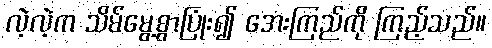
လဲ့လဲ့က သိမ်မွေ့စွာပြုံး၍ အေးကြည်ကို ကြည့်သည်။